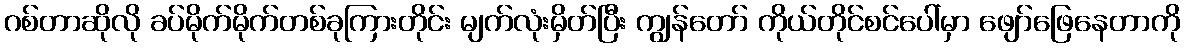
ဂစ်တာဆိုလို ခပ်မိုက်မိုက်တစ်ခုကြားတိုင်း မျက်လုံးမှိတ်ပြီး ကျွန်တော် ကိုယ်တိုင်စင်ပေါ်မှာ ဖျော်ဖြေနေတာကို